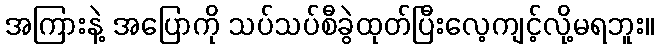
အကြားနဲ့ အပြောကို သပ်သပ်စီခွဲထုတ်ပြီးလေ့ကျင့်လို့မရဘူး။